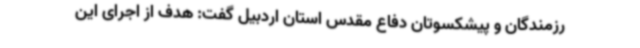
رزمندگان و پیشکسوتان دفاع مقدس استان اردبیل گفت: هدف از اجرای این